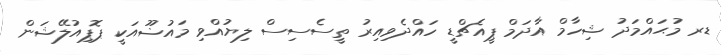
ޑރ މުޙައްމަދު ޝިހާމް އާދަމް ޕީއެޗްޑީ ހައްދެވިއިރު ތީސެސިސް ލިޔުއްވި މައުޟޫއަކީ ޕޮޕިއުލޭޝަން